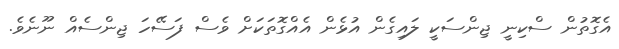
އެގޮތުން ސްކިނީ ޖިންސަކީ ލައިގެން އުޅެން އެއްގޮތަކަށް ވެސް ފަސޭހަ ޖިންސެއް ނޫނެވެ.